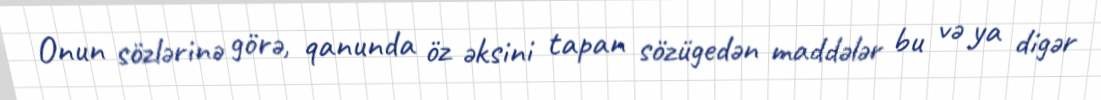
Onun sözlərinə görə, qanunda öz əksini tapan sözügedən maddələr bu və ya digər